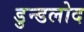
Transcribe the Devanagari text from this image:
डुन्डलोद